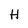
Character: H